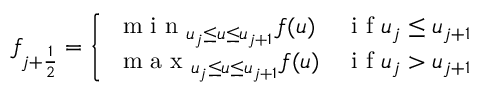
f _ { j + \frac { 1 } { 2 } } = \left\{ \begin{array} { l l } { \textnormal { m i n } _ { u _ { j } \le u \le u _ { j + 1 } } f ( u ) } & { \textnormal { i f } u _ { j } \le u _ { j + 1 } } \\ { \textnormal { m a x } _ { u _ { j } \le u \le u _ { j + 1 } } f ( u ) } & { \textnormal { i f } u _ { j } > u _ { j + 1 } } \end{array} \right.